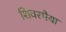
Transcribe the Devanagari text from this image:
शिवरमैया